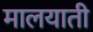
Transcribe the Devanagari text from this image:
मालयाती